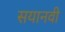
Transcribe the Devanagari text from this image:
सयानवी